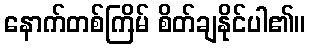
နောက်တစ်ကြိမ် စိတ်ချနိုင်ပါ၏။